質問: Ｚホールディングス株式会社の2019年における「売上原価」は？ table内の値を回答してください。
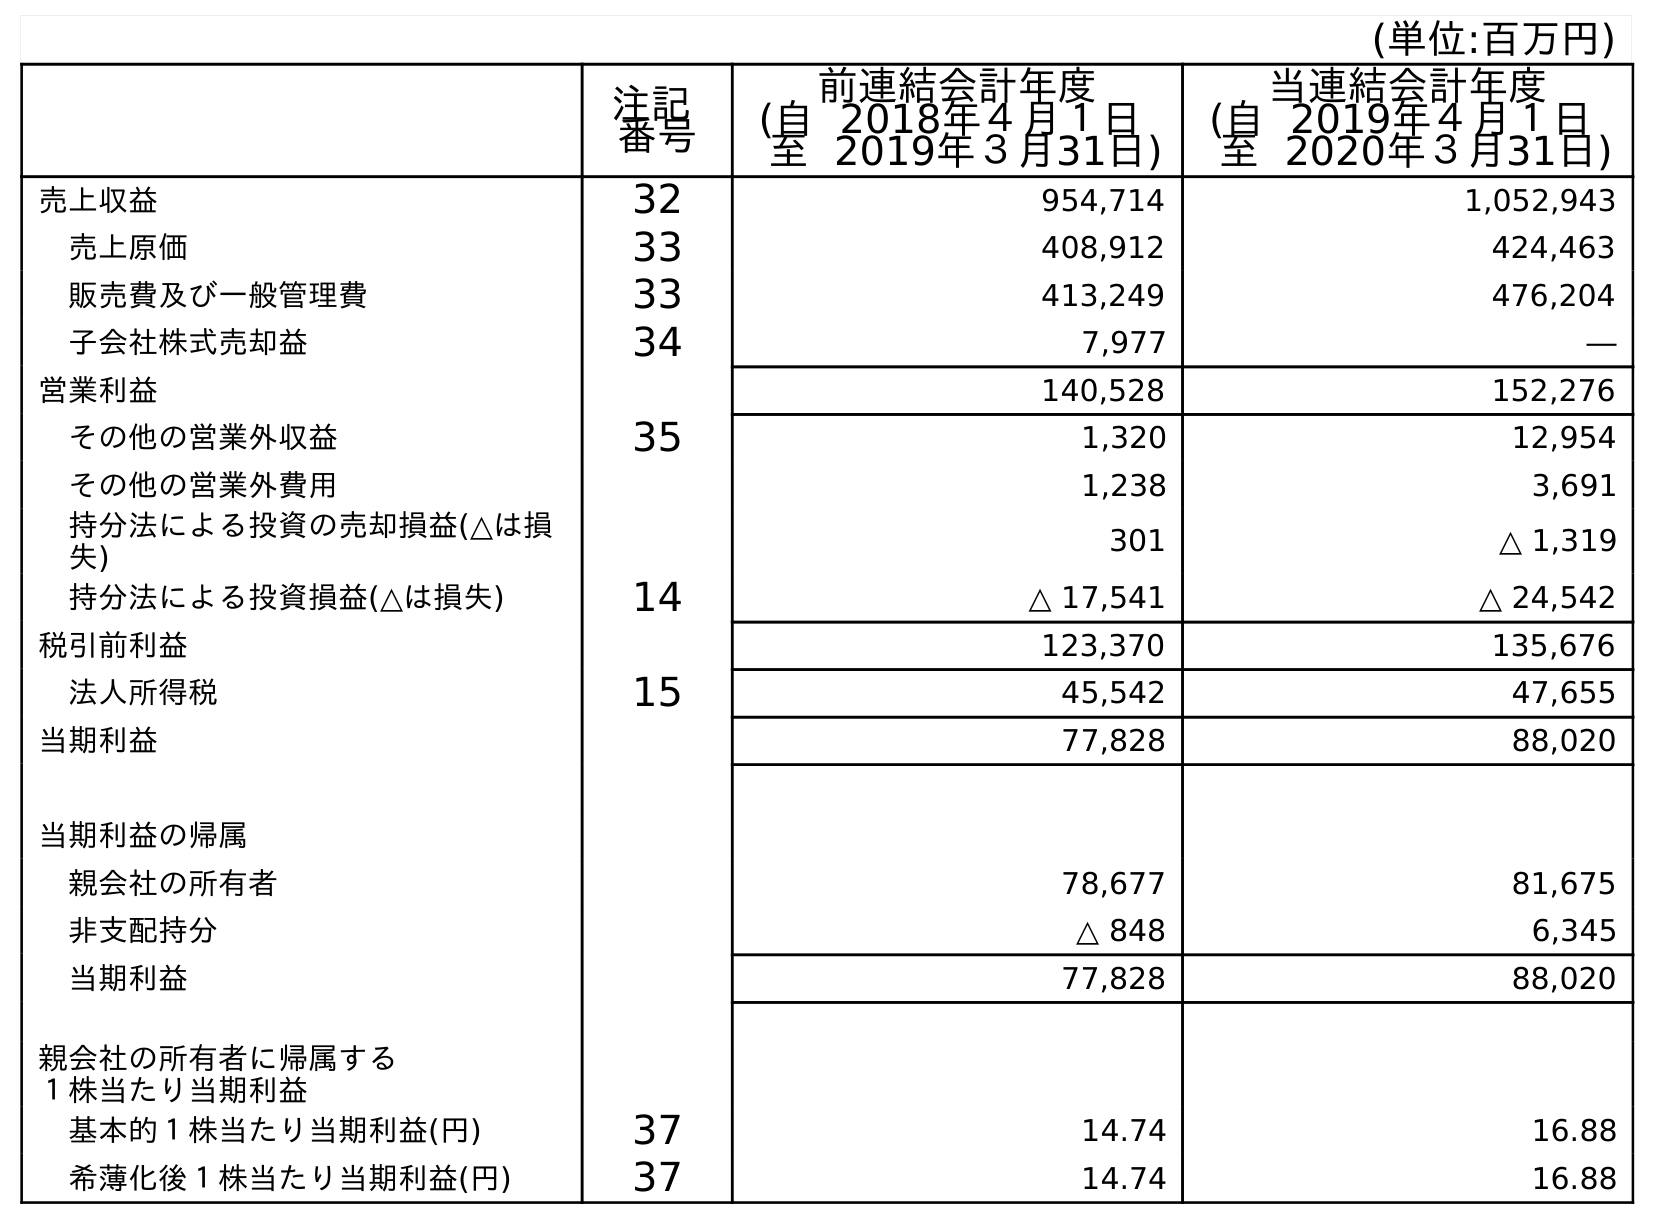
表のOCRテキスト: (単位:百万円) 注記 番号 前連結会計年度 (自 2018年４月１日 至 2019年３月31日) 当連結会計年度 (自 2019年４月１日 至 2020年３月31日) 売上収益 32 954,714 1,052,943 売上原価 33 408,912 424,463 販売費及び一般管理費 33 413,249 476,204 子会社株式売却益 34 7,977 ― 営業利益 140,528 152,276 その他の営業外収益 35 1,320 12,954 その他の営業外費用 1,238 3,691 持分法による投資の売却損益(△は損 失) 301 △ 1,319 持分法による投資損益(△は損失) 14 △ 17,541 △ 24,542 税引前利益 123,370 135,676 法人所得税 15 45,542 47,655 当期利益 77,828 88,020 当期利益の帰属 親会社の所有者 78,677 81,675 非支配持分 △ 848 6,345 当期利益 77,828 88,020 親会社の所有者に帰属する １株当たり当期利益 基本的１株当たり当期利益(円) 37 14.74 16.88 希薄化後１株当たり当期利益(円) 37 14.74 16.88
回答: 408,912